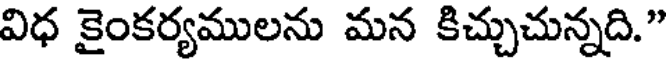
విధ కైంకర్యములను మన కిచ్చుచున్నది."